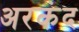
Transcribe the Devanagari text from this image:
अरकंद